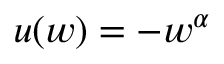
u ( w ) = - w ^ { \alpha }